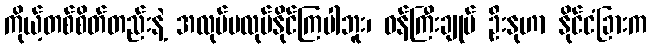
ကိုယ့်တစ်စိတ်တည်းနဲ့ အလုပ်မလုပ်နိုင်ကြပါဘူး၊ ဝန်ကြီးချုပ် ဦးနုဟာ နိုင်ငံခြားက